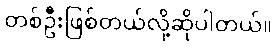
တစ်ဦးဖြစ်တယ်လို့ဆိုပါတယ်။